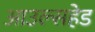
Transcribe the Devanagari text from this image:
आउल्सहेड